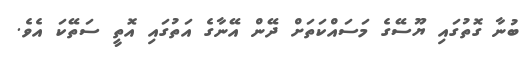
ބުނާ ގޮތުގައި ޔޫސޭގެ މަސައްކަތަށް ދޭން އޭނާގެ އަތުގައި އޮތީ ސަތޭކަ އެވެ.